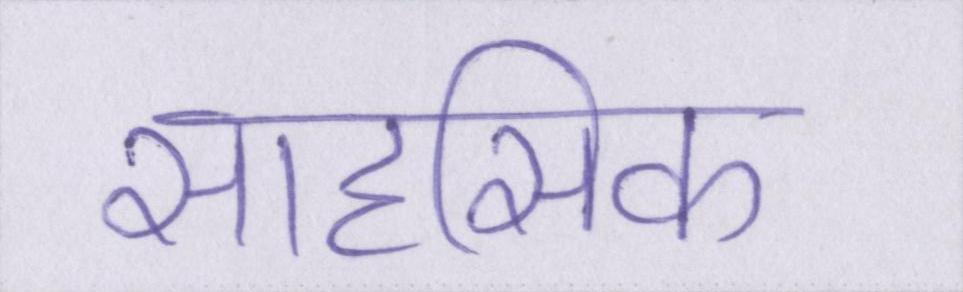
साहसिक